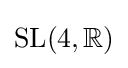
{\text{SL}}(4,\mathbb {R} )